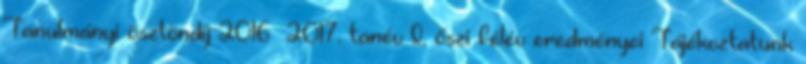
Tanulmányi ösztöndíj 2016 2017. tanév I. őszi félév eredményei Tájékoztatunk